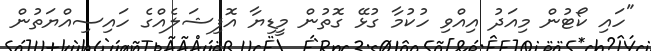
"ހައި ކޯޓުން މިއަދު އިއްވި ހުކުމާ ގުޅޭ ގޮތުން މީޑިޔާ އޮފިޝަލެއްގެ ހައިސިއްޔަތުން